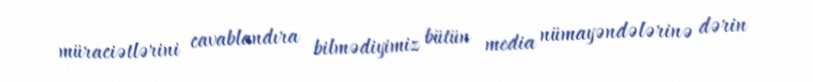
müraciətlərini cavablandıra bilmədiyimiz bütün media nümayəndələrinə dərin